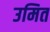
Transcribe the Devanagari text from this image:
उमित